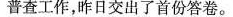
普查工作，昨日交出了首份答卷。